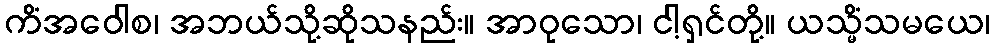
ကိံအဝေါစ၊ အဘယ်သို့ဆိုသနည်း။ အာဝုသော၊ ငါ့ရှင်တို့။ ယသ္မိံသမယေ၊